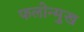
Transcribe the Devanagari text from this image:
फलोन्मुख